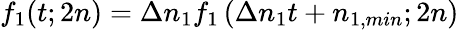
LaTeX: f_{1}(t;2n)=\Delta n_{1}f_{1}\left(\Delta n_{1}t+n_{1,min};2n\right)